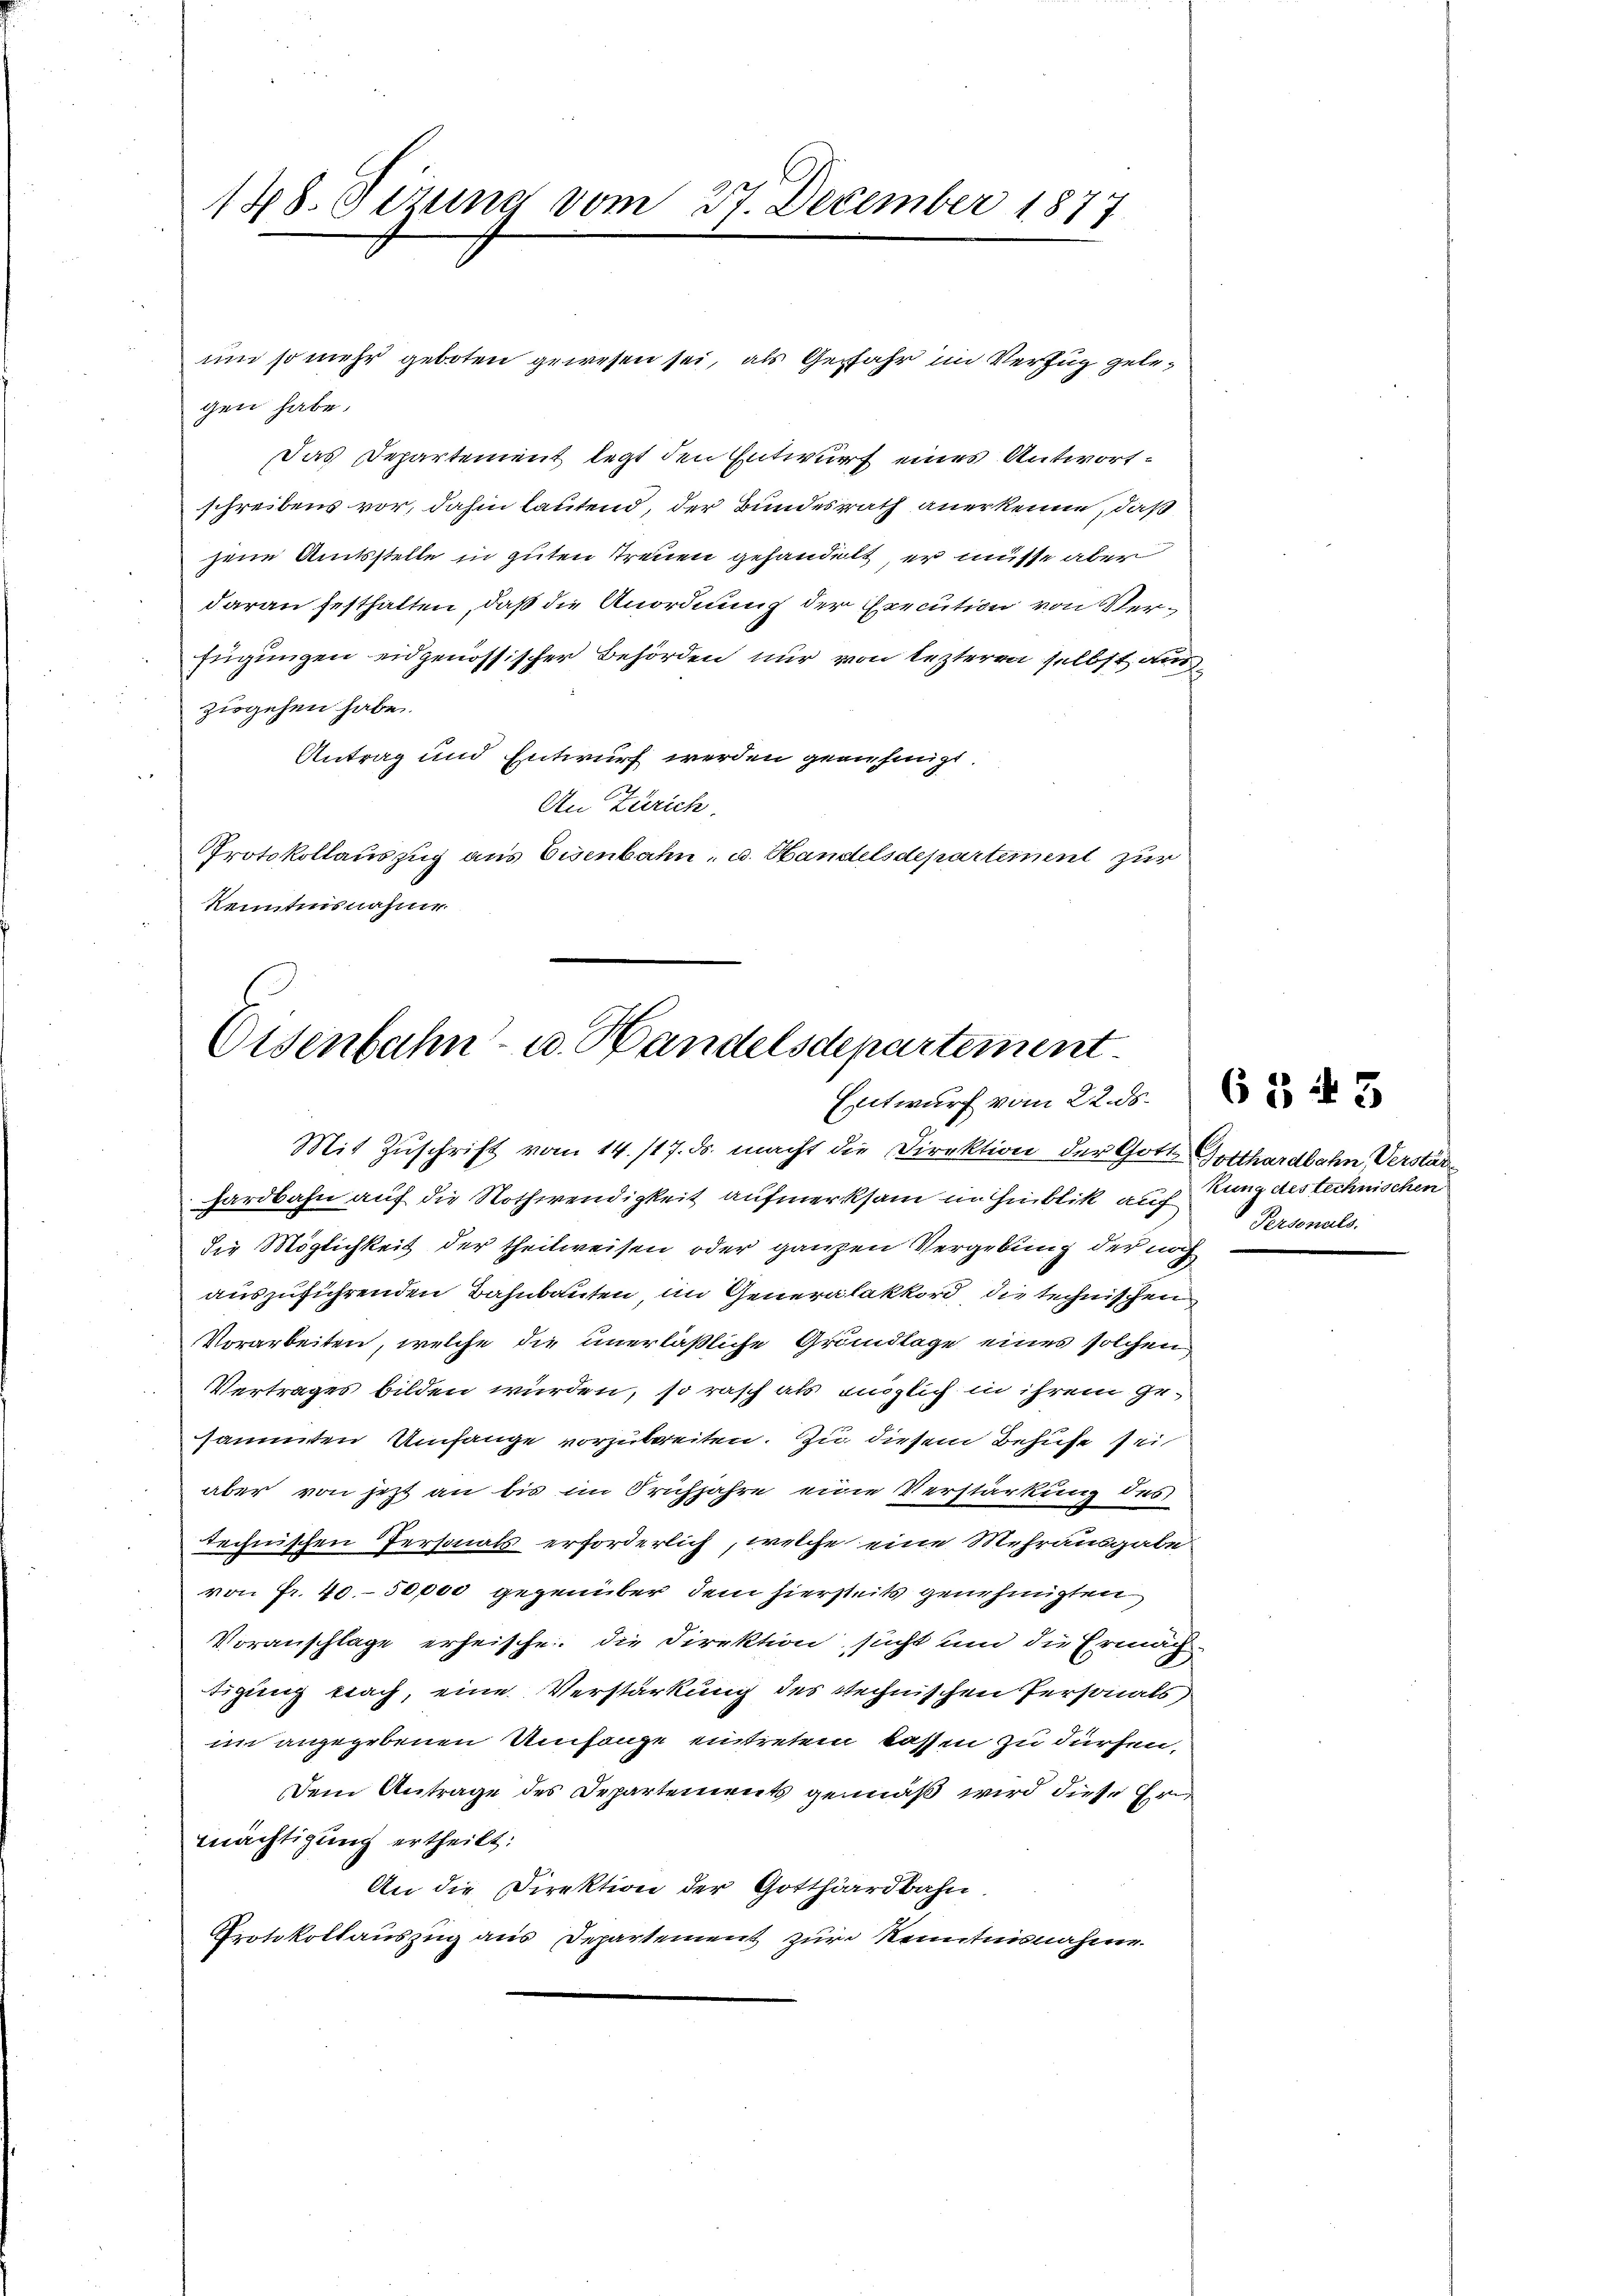
148. Sizung vom 27. December 1877

und so mehr geboten gewesen sei, als Gefahr im Verzug gelegen habe.
Das Departement legt den Entwurf eines Antwortschreibens vor, dahin lautend, der Bundesrath anerkenne, daß
jene Amtsstelle in guten Treuen gehandelt, er müsse aber
daran festhalten, daß die Anordnung der Execution von Verfügungen eidgenössischer Behörden nur von lezteren selbst wur
zugehen habe.
Antrag und Entwurf werden genehmigt.
u
An Zürich.
Protokollauszug aus Eisenbahn- u. Handelsdepartement zur
Kenntnisnahme.

Eisenbahn- u. Handelsdepartement
Entwurf vom 22. d. 6.

Mit Zuschrift vom 14. 117. ds. macht die Direktion der Gott Gotthardbahn, Verstär
hardbahn auf die Nothwendigkeit aufmerksam im Hinblik auf zung des technischen
die Möglichkeit der theilweisen oder ganzen Vergebung der noch
auszuführenden Bahnbauten, im Generalakkord die technischen
Vorarbeiten, welche die unerläßliche Grundlage eines solchen
Vertrages bilden würden, so rasch als einzlich in ihrem Gesammten Umfange vorzubreiten. Zu diesem Behufe sei
aber von jetzt an bis im Frühjahre eine Verstärkung des
technischen Personals erforderlich, welche eine Mehrausgabe
von Fr. 40. 50,000 gegenüber dem hierseits genehmigten
Voranschlage erheische. Die Direktion sucht und die Ermäch
tigung trach, eine Verstärkung des stechnischen Personals)
im angegebenen Umfange eintreten lassen zu dürfen,
Dem Antrage des Departements gemäß wird diese Ern
mächtigung ertheilt:
An die Direktion der Gotthardbahn.
Protokollauszug aus Departement zur Kenntnisnahme.

Personals.